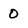
Character: 0